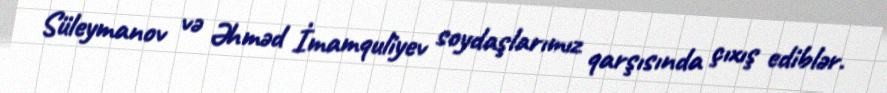
Süleymanov və Əhməd İmamquliyev soydaşlarımız qarşısında çıxış ediblər.